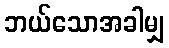
ဘယ်သောအခါမျှ